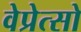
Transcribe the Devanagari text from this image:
वेप्रेत्सो